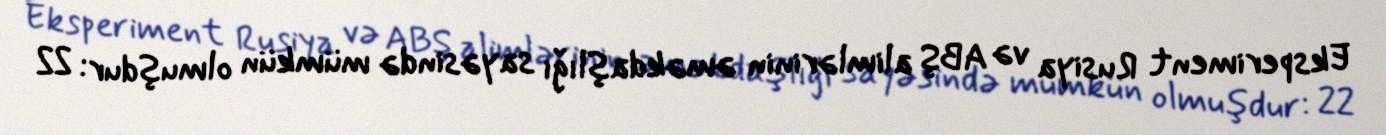
Eksperiment Rusiya və ABŞ alimlərinin əməkdaşlığı sayəsində mümkün olmuşdur: 22